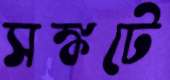
সঙ্কটে